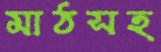
মাঠসহ